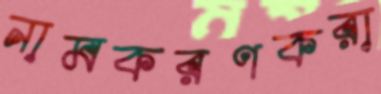
নামকরণকরা